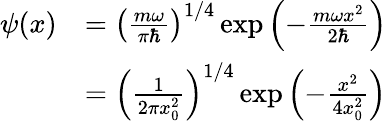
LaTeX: {\begin{array}{rl}{\psi(x)}&{=\left({\frac{m\omega}{\pi\hbar}}\right)^{1/4}\exp{\left(-{\frac{m\omega x^{2}}{2\hbar}}\right)}}\\ &{=\left({\frac{1}{2\pi x_{0}^{2}}}\right)^{1/4}\exp{\left(-{\frac{x^{2}}{4x_{0}^{2}}}\right)}}\end{array}}